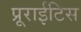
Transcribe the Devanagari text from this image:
प्रूराईटिस